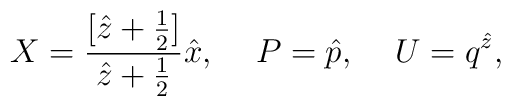
X=\frac{[\hat{z}+\frac{1}{2}]}{\hat{z}+\frac{1}{2}} \hat{x},\hspace{.5cm} P=\hat{p},\hspace{.5 cm} U=q^{\hat{z}},